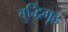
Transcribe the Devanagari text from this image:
बुद्धिगृह